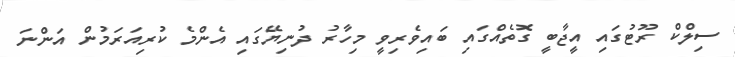
ސިލްކް ރޫޓުގައި އީޖާބީ ގޮތެއްގައި ބައިވެރިވީ މިހާރު ދުނިޔޭގައި އެންމެ ކުރިއަރަމުން އަންނަ